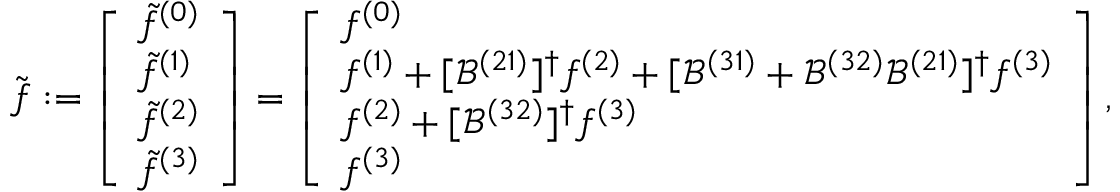
\tilde { \boldsymbol { f } } : = \left[ \begin{array} { l } { \tilde { f } ^ { ( 0 ) } } \\ { \tilde { f } ^ { ( 1 ) } } \\ { \tilde { f } ^ { ( 2 ) } } \\ { \tilde { f } ^ { ( 3 ) } } \end{array} \right] = \left[ \begin{array} { l } { f ^ { ( 0 ) } } \\ { f ^ { ( 1 ) } + [ \mathcal { B } ^ { ( 2 1 ) } ] ^ { \dagger } f ^ { ( 2 ) } + [ \mathcal { B } ^ { ( 3 1 ) } + \mathcal { B } ^ { ( 3 2 ) } \mathcal { B } ^ { ( 2 1 ) } ] ^ { \dagger } f ^ { ( 3 ) } } \\ { f ^ { ( 2 ) } + [ \mathcal { B } ^ { ( 3 2 ) } ] ^ { \dagger } f ^ { ( 3 ) } } \\ { f ^ { ( 3 ) } } \end{array} \right] ,